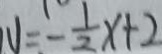
V = - \frac { 1 } { 2 } x + 2